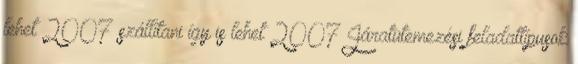
lehet 2007 szállítani így is lehet 2007 Járatütemezési feladattípusok